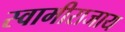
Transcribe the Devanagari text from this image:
स्वामीराजाय